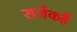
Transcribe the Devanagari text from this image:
सर्जकहैं